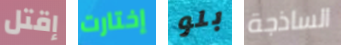
إقتل إختارت بلو الساذجة